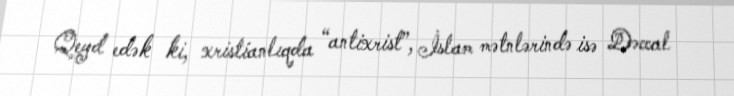
Qeyd edək ki, xristianlıqda “antixrist”, İslam mətnlərində isə Dəccal